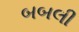
બબલી